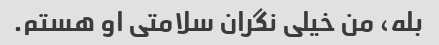
بله، من خیلی نگران سلامتی او هستم.